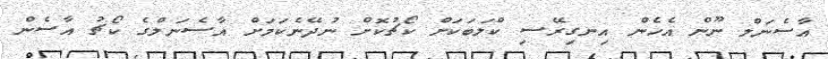
އާސެނަލް ނޫން އެހެން އިނގިރޭސި ކްލަބަކަށް ކޯޗުކޮށް ނުދޭނެކަމަށް އާސެނަލްގެ ކޯޗު އާސެން